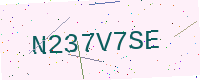
Text: N237V7SE